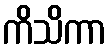
ကိသိကာ